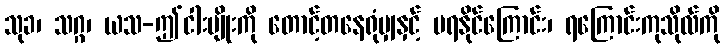
သုခ၊ သဂ္ဂ၊ ယသ-ဤငါးမျိုးကို တောင့်တနေရုံမျှနှင့် မရနိုင်ကြောင်း၊ ရကြောင်းကုသိုလ်ကို